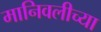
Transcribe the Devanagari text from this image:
मानिवलीच्या